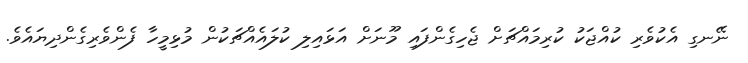
ނޭނގި އެކުވެރި ކުއްޖަކު ކުރިމައްޗަށް ޖެހިގެންފައި މޫނަށް އަޅައިލި ކުލައެއްޗަކުން މުޅިމީހާ ފެންވެރިގެންދިޔައެވެ.